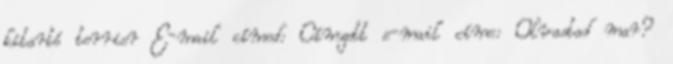
kitartó terrier E-mail címed: Címzett e-mail címe: Olvastad mar?